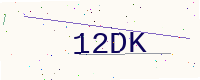
Text: 12DK